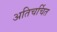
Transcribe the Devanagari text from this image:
अतिचर्चित